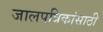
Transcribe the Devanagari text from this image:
जालपत्रिकांसाठी